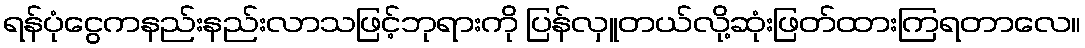
ရန်ပုံငွေကနည်းနည်းလာသဖြင့်ဘုရားကို ပြန်လှူတယ်လို့ဆုံးဖြတ်ထားကြရတာလေ။